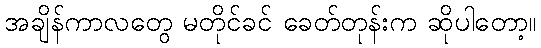
အချိန်ကာလတွေ မတိုင်ခင် ခေတ်တုန်းက ဆိုပါတော့။